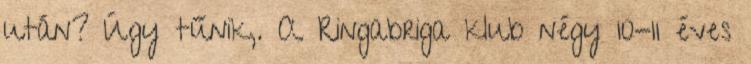
után? Úgy tűnik,. A Ringabriga klub négy 10-11 éves